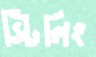
স্টিলিং